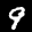
Label: 9